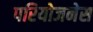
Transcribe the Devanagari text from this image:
परियोजनेस